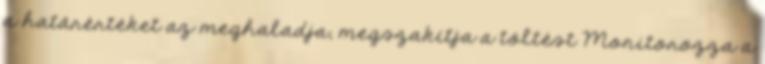
a határértéket az meghaladja, megszakítja a töltést Monitorozza a